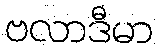
ဗလာဒီမာ